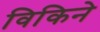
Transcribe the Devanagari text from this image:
विकिने